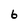
Character: 6